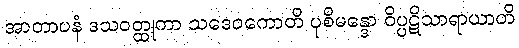
အာတာပနံ ဒသဝတ္ထုကာ သဒေဝကောတိ ပုစိမန္ဒော ဝိပ္ပဋိသာရာယာတိ